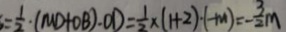
= \frac { 1 } { 2 } \cdot ( M D + O B ) \cdot O D = \frac { 1 } { 2 } \times ( 1 + 2 ) \cdot ( - m ) = - \frac { 3 } { 2 } m